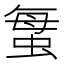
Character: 𱿦